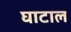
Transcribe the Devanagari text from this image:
घाटाल